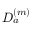
D _ { a } ^ { ( m ) }